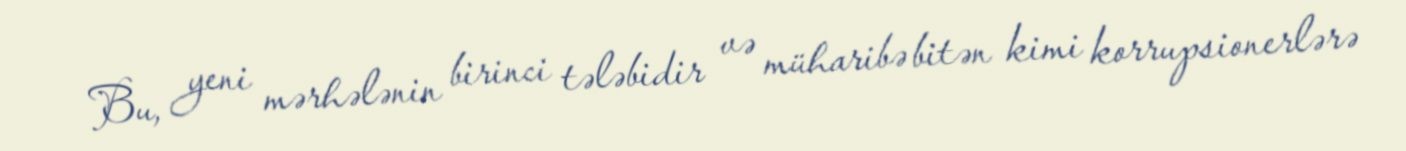
Bu, yeni mərhələnin birinci tələbidir və müharibə bitən kimi korrupsionerlərə